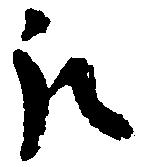
取